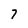
Character: 7